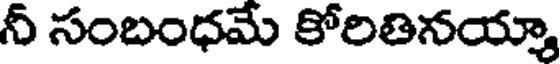
నీ సంబంధమే కోరితినయ్యా